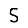
Digit: 5